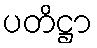
ပတိဋ္ဌာ